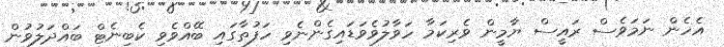
އެހެން ނަމަވެސް ރައީސް ޔާމީން ވެރިކަމާ ހަވާލުވެވަޑައިގެންނެވި ހަފުތާގައި ބޭއްވެވި ކެބިނެޓް ބައްދަލުވުން